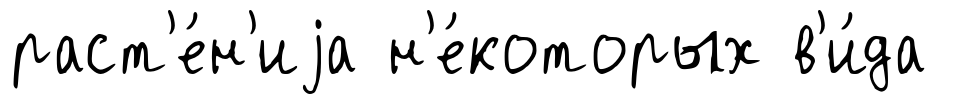
раст'е́н'иjа н'е́которых в'и́да